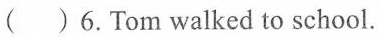
( )6.Tom walked to school.